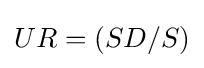
\textstyle UR=(SD/S)